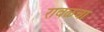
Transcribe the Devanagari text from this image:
रावळचा